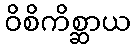
ဝိစိကိစ္ဆာယ